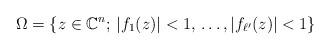
LaTeX: \begin{align*}\Omega = \{z \in \mathbb{C}^n;\, |f_1(z)| < 1,\, \dots, |f_{\ell'}(z)| < 1\}\end{align*}